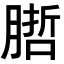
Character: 𭩁